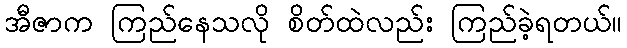
အီဇာက ကြည်နေသလို စိတ်ထဲလည်း ကြည်ခဲ့ရတယ်။